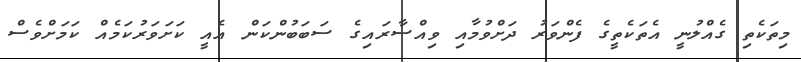
މިތަކެތި ގެެއްލުނީ އެތަކެތީގެ ފެންވަރު ދަށްވުމާއި ވިއްސާރައިގެ ސަބަބުންކަން އެއީ ކަށަވަރުކަމެއް ކަމަށްވެސް